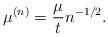
LaTeX: \begin{align*}\mu^{(n)}=\frac{\mu}{t} n^{-1/2}. \end{align*}